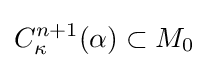
C_{\kappa }^{n+1}(\alpha )\subset M_{0}